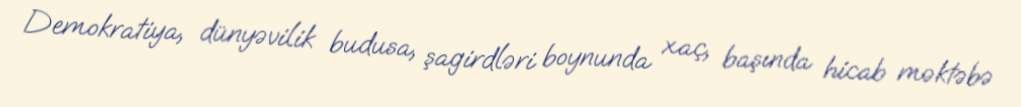
Demokratiya, dünyəvilik budusa, şagirdləri boynunda xaç, başında hicab məktəbə